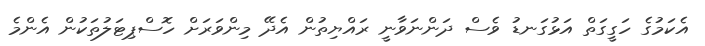
އެކަމުގެ ހަގީގަތް އަޅުގަނޑު ވެސް ދަންނަވާނީ ރައްޔިތުން އެދޭ މިންވަރަށް ހޮސްޕިޓަލުތަކުން އެންމެ